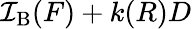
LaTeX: \mathcal{I}_{\mathrm{{B}}}(F)+k(R)D